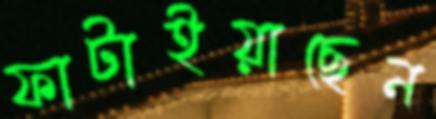
ফাটাইয়াছেন